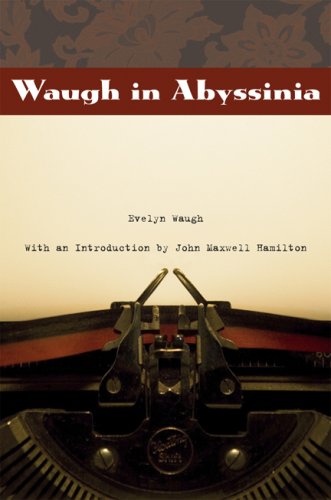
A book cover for Waugh in Abyssinia (From Our Own Correspondent); Evelyn Waugh; Travel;